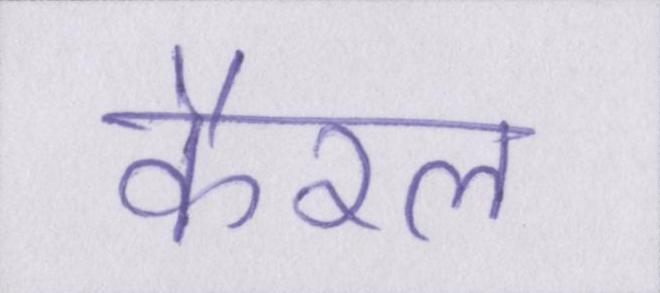
कैरल